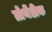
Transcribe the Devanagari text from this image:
ग्रोथेंडीक